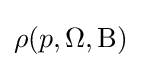
\rho (p,\Omega ,{\rm {B)}}